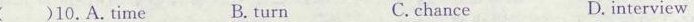
( )10.A.Time B. turn C.chance D. interview